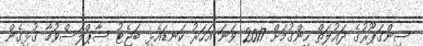
ސިންގަޕޫރުގެ ދައުލަތް ހިންގުމަށް 2017 ވަނަ އަހަރު ކަނޑައެޅި ބަޖެޓު ސާޕްލަސްވުމާ ގުޅިގެން